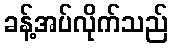
ခန့်အပ်လိုက်သည်